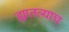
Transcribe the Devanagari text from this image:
ह्यातल्याच